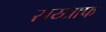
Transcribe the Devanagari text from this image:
सय्याफ